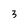
Character: 3